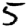
Digit: 5